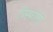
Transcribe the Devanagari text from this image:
विस्फोती